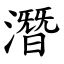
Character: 潛